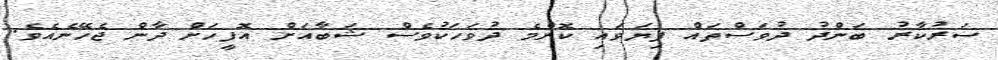
ސަރުކާރު ބަންދު ދުވަސްތައް ފިޔަވައި ކޮންމެ ދުވަހަކުވެސް ޝަބާއަށް އޮފީހަށް ދާން ޖެހޭނެއެވެ.